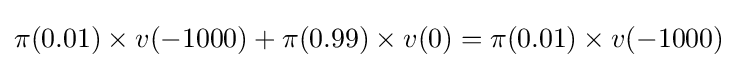
\pi (0.01)\times v(-1000)+\pi (0.99)\times v(0)=\pi (0.01)\times v(-1000)